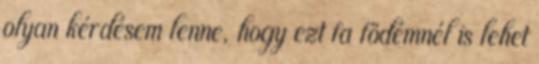
olyan kérdésem lenne, hogy ezt fa födémnél is lehet